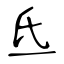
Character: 氐